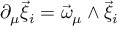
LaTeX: \partial _ { \mu } \vec { \xi } _ { i } = \vec { \omega } _ { \mu } \wedge \vec { \xi } _ { i }